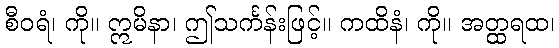
စီဝရံ၊ ကို။ ဣမိနာ၊ ဤသင်္ကန်းဖြင့်။ ကထိနံ၊ ကို။ အတ္ထရထ၊